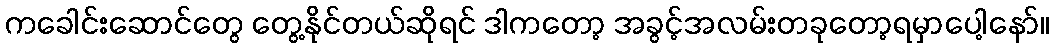
ကခေါင်းဆောင်တွေ တွေ့နိုင်တယ်ဆိုရင် ဒါကတော့ အခွင့်အလမ်းတခုတော့ရမှာပေါ့နော်။